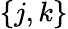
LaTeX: \{ j,k\}